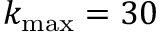
k _ { \operatorname* { m a x } } = 3 0